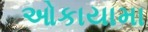
ઓકાયામા